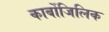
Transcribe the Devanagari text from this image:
कार्बोजिलिक